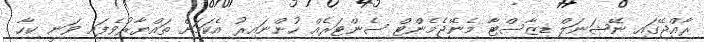
ރާއްޖޭގައި ނޭޝަނަލް ޑިޒާސްޓާ މެނޭޖެމެންޓް ސެންޓަރެއް ހުންނައިރު އެކަމަށް ތައްޔާރުވެފައި ވަނީ ކިހާ